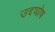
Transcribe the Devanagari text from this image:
उद्दघोष